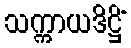
သက္ကာယဒိဋ္ဌိံ